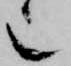
也